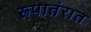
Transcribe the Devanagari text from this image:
रूपातंरात